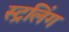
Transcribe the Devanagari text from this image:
स्ट्रलिंग